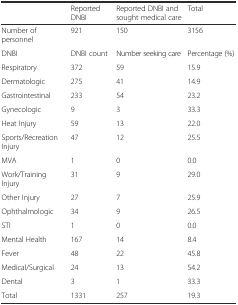
|  | Reported DNBI | Reported DNBI and sought medical care | Total |
 | --- | --- | --- | --- |
 | Number of personnel | 921 | 150 | 3156 |
 | DNBI | DNBI count | Number seeking care | Percentage (%) |
 | Respiratory | 372 | 59 | 15.9 |
 | Dermatologic | 275 | 41 | 14.9 |
 | Gastrointestinal | 233 | 54 | 23.2 |
 | Gynecologic | 9 | 3 | 33.3 |
 | Heat Injury | 59 | 13 | 22.0 |
 | Sports/Recreation Injury | 47 | 12 | 25.5 |
 | MVA | 1 | 0 | 0.0 |
 | Work/Training Injury | 31 | 9 | 29.0 |
 | Other Injury | 27 | 7 | 25.9 |
 | Ophthalmologic | 34 | 9 | 26.5 |
 | STI | 1 | 0 | 0.0 |
 | Mental Health | 167 | 14 | 8.4 |
 | Fever | 48 | 22 | 45.8 |
 | Medical/Surgical | 24 | 13 | 54.2 |
 | Dental | 3 | 1 | 33.3 |
 | Total | 1331 | 257 | 19.3 |